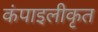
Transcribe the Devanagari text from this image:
कंपाइलीकृत